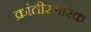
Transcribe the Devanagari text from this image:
क्रांतीस्मारक